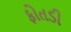
ફોતડી